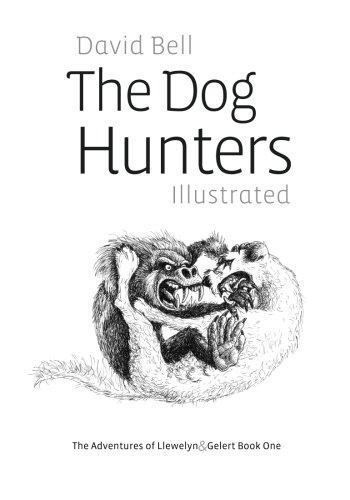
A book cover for The Dog Hunters Illustrated: The Adventures of Llewelyn & Gelert Book One (Volume 1); Mr David Bell; Literature & Fiction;